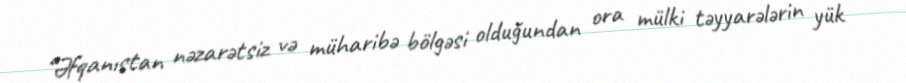
“Əfqanıstan nəzarətsiz və müharibə bölgəsi olduğundan ora mülki təyyarələrin yük